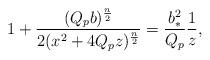
LaTeX: \begin{align*}1+{{(Q_pb)^{n\over 2}}\over{2(x^2+4Q_pz)^{n\over 2}}}={{b^2_*}\over{Q_p}}{1\over z},\end{align*}